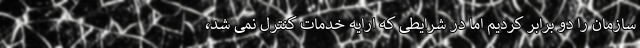
سازمان را دو برابر کردیم اما در شرایطی که ارایه خدمات کنترل نمی شد،